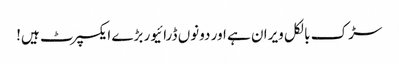
سڑک بالکل ویران ہے اور دونوں ڈرائیور بڑے ایکسپرٹ ہیں!